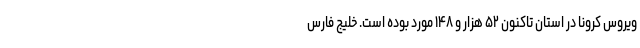
ویروس کرونا در استان تاکنون ۵۲ هزار و ۱۴۸ مورد بوده است. خلیج فارس